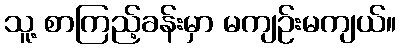
သူ့ စာကြည့်ခန်းမှာ မကျဉ်းမကျယ်။